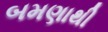
બમણાથી